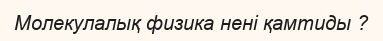
Молекулалық физика нені қамтиды ?